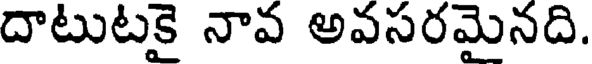
దాటుటకై నావ అవసరమైనది.